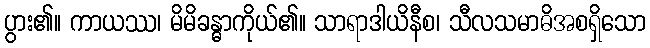
ပွား၏။ ကာယဿ၊ မိမိခန္ဓာကိုယ်၏။ သာရာဒါယိနီစ၊ သီလသမာဓိအစရှိသော